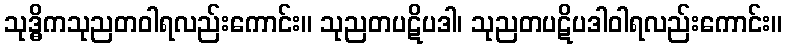
သုဒ္ဓိကသုညတဝါရလည်းကောင်း။ သုညတပဋိပဒါ၊ သုညတပဋိပဒါဝါရလည်းကောင်း။